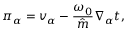
\pi _ { \alpha } = v _ { \alpha } - \frac { \omega _ { 0 } } { \hat { m } } \nabla _ { \alpha } t ,